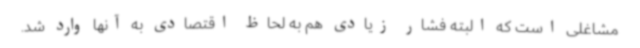
مشاغلی است که البته فشار زیادی هم به لحاظ اقتصادی به آنها وارد شد.